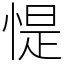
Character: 惿